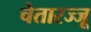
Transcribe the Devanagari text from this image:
चेतारज्जू